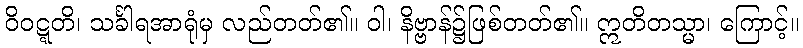
ဝိဝဋ္ဋတိ၊ သင်္ခါရအာရုံမှ လည်တတ်၏။ ဝါ၊ နိဗ္ဗာန်၌ဖြစ်တတ်၏။ ဣတိတသ္မာ၊ ကြောင့်။